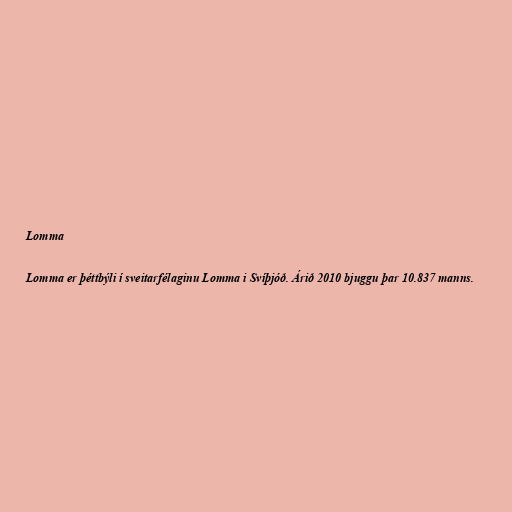
Lomma

Lomma er þéttbýli í sveitarfélaginu Lomma i Svíþjóð. Árið 2010 bjuggu þar 10.837 manns.